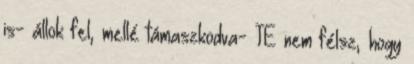
is- állok fel, mellé támaszkodva- TE nem félsz, hogy